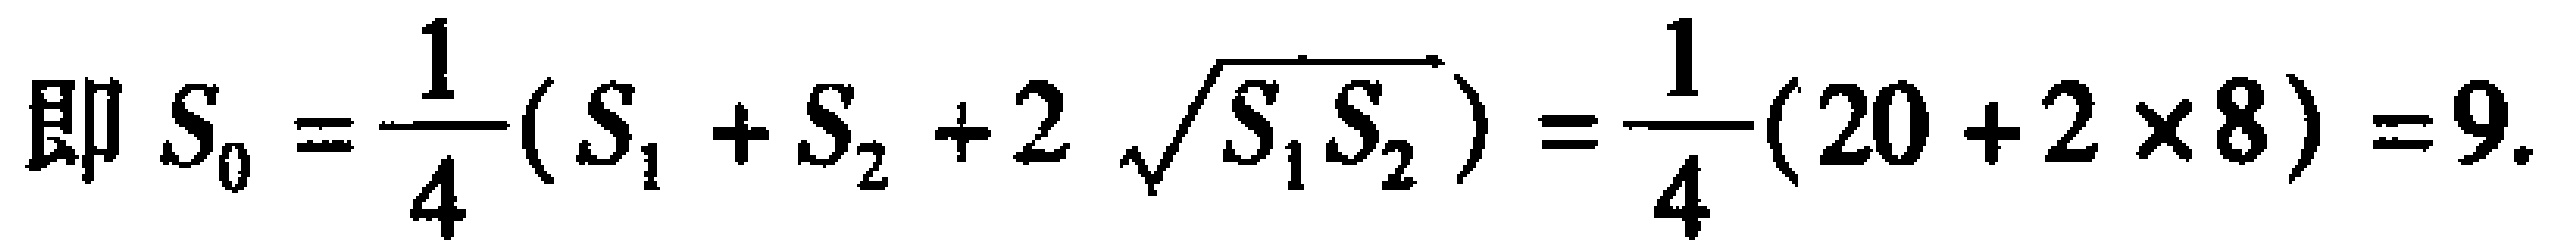
即 \(S_{0}=\frac{1}{4}(S_{1} + S_{2} + 2\sqrt{S_{1}S_{2}})=\frac{1}{4}(20 + 2\times8)=9.\)